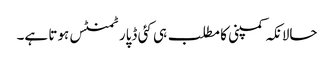
حالانکہ کمپنی کا مطلب ہی کئی ڈپارٹمنٹس ہوتا ہے۔